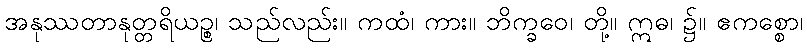
အနုဿတာနုတ္တရိယဉ္စ၊ သည်လည်း။ ကထံ၊ ကား။ ဘိက္ခဝေ၊ တို့။ ဣဓ၊ ၌။ ဧကစ္စော၊